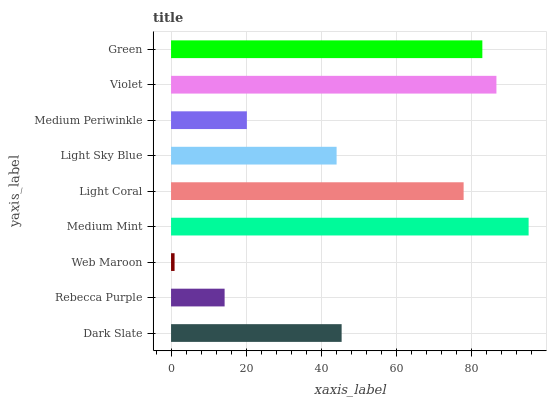
| yaxis_label | bars |
 | --- | --- |
 | Dark Slate | 45.4 |
 | Rebecca Purple | 14.3 |
 | Web Maroon | 0.941 |
 | Medium Mint | 95.1 |
 | Light Coral | 77.8 |
 | Light Sky Blue | 44 |
 | Medium Periwinkle | 20.2 |
 | Violet | 86.6 |
 | Green | 82.8 |